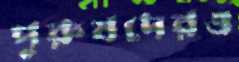
পুরুষদেরও